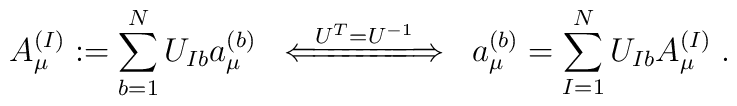
A_\mu^{(I)} := \sum_{b=1}^N U_{I b} a_\mu^{(b)} \; \; \stackrel{U^T = U^{-1}}{\Longleftarrow \!\!=\!\!=\!\!=\!\!=\!\!= \!\!\! \Longrightarrow}  \; \;a_\mu^{(b)} = \sum_{I=1}^N U_{I b} A_\mu^{(I)} \; .